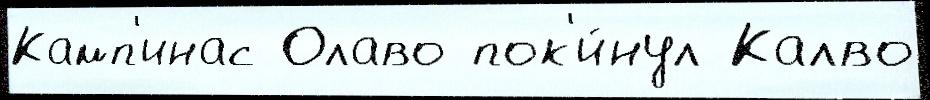
Камп'инас Олаво пок'и́нул Калво